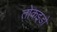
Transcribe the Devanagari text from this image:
तोकइडो